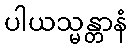
ပါယသ္မန္တာနံ